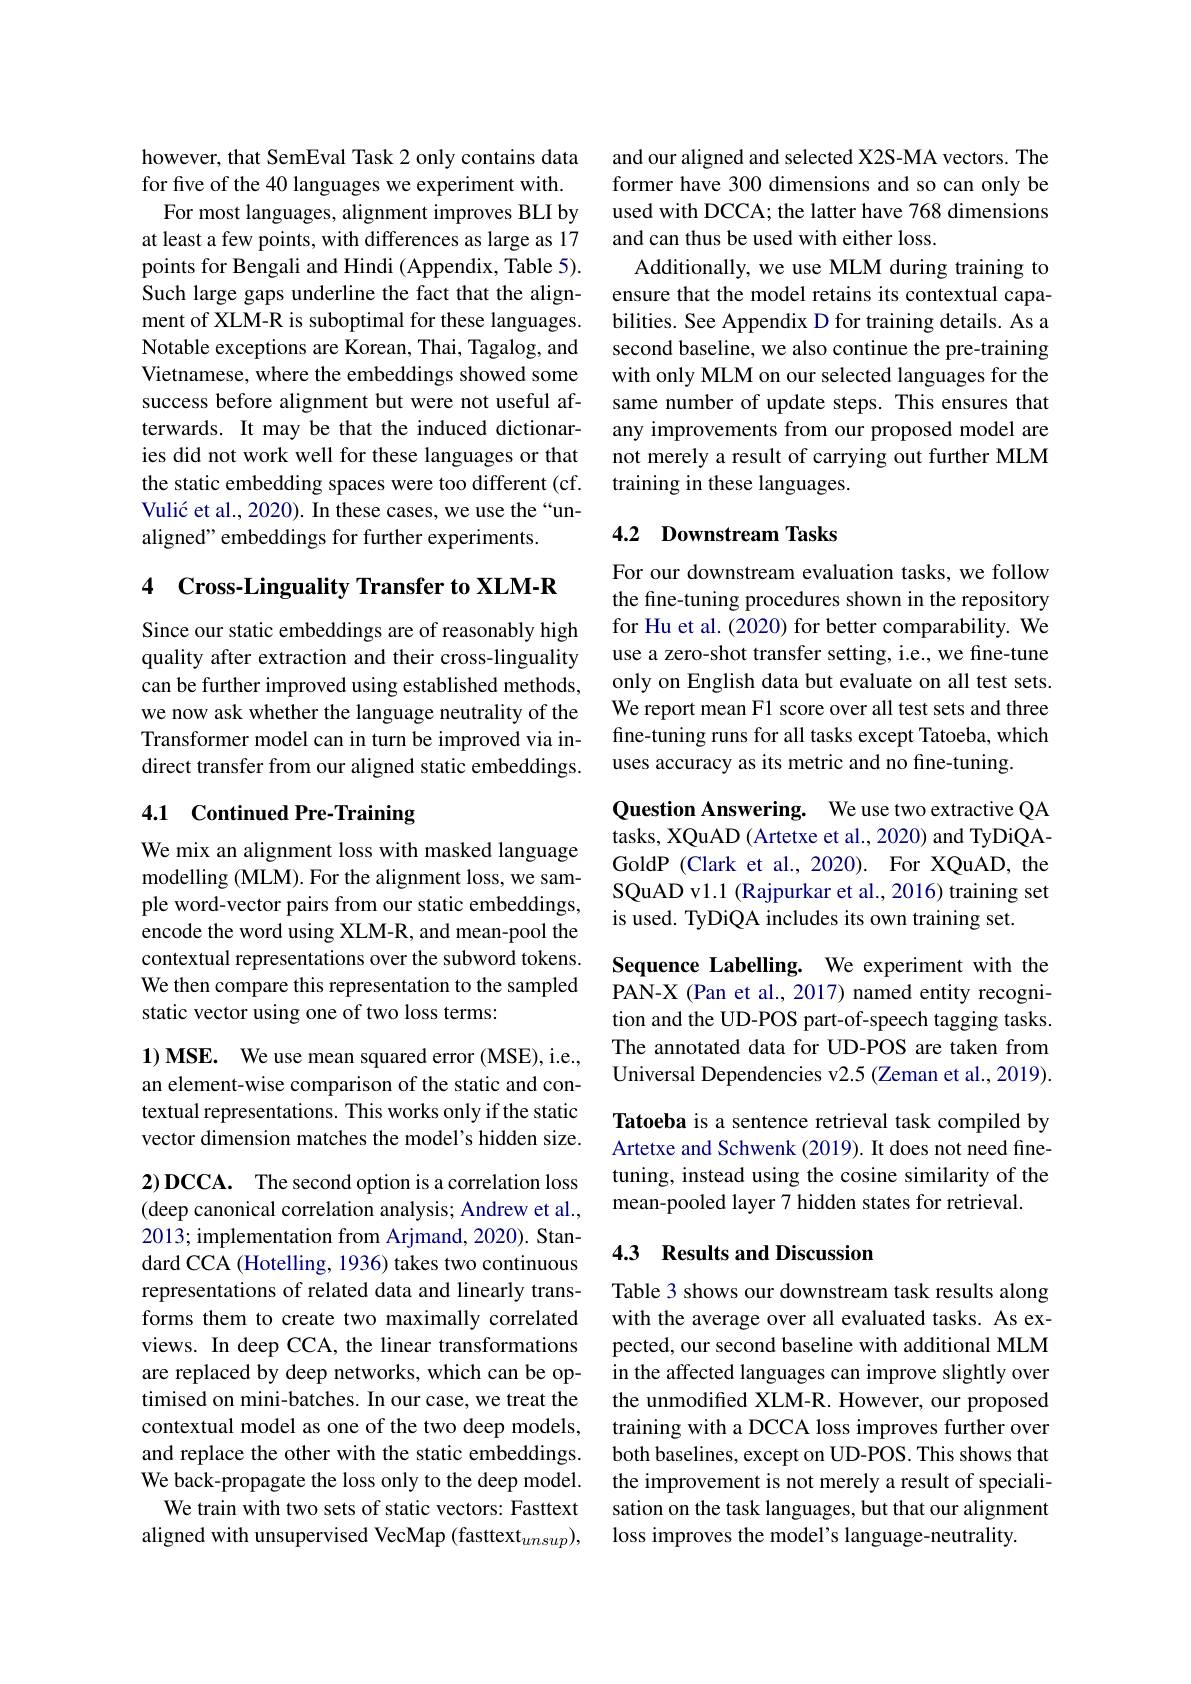
however, that SemEval Task 2 only contains data for five of the 40 languages we experiment with.
For most languages, alignment improves BLI by at least a few points, with differences as large as 17 points for Bengali and Hindi (Appendix, Table 5). Such large gaps underline the fact that the alignment of XLM-R is suboptimal for these languages. Notable exceptions are Korean, Thai, Tagalog, and Vietnamese, where the embeddings showed some success before alignment but were not useful afterwards. It may be that the induced dictionaries did not work well for these languages or that the static embedding spaces were too different (cf. Vulić et al., 2020). In these cases, we use the“unaligned" embeddings for further experiments.

## 4 Cross-Linguality Transfer to XLM-R

Since our static embeddings are of reasonably high quality after extraction and their cross-linguality can be further improved using established methods, we now ask whether the language neutrality of the Transformer model can in turn be improved via indirect transfer from our aligned static embeddings.

# 4.1 Continued Pre-Training

We mix an alignment loss with masked language modelling (MLM). For the alignment loss, we sample word-vector pairs from our static embeddings, encode the word using XLM-R, and mean-pool the contextual representations over the subword tokens. We then compare this representation to the sampled static vector using one of two loss terms:

1) MSE. We use mean squared error (MSE), i.e., an element-wise comparison of the static and contextual representations. This works only if the static vector dimension matches the model's hidden size.

$2)\mathbf{DCCA.}$ The second option is a correlation loss (deep canonical correlation analysis; Andrew et al., 2013; implementation from Arjmand, 2020). Standard CCA (Hotelling, 1936) takes two continuous representations of related data and linearly transforms them to create two maximally correlated views. In deep CCA, the linear transformations are replaced by deep networks, which can be optimised on mini-batches. In our case, we treat the contextual model as one of the two deep models, and replace the other with the static embeddings. We back-propagate the loss only to the deep model.
We train with two sets of static vectors: Fasttext aligned with unsupervised VecMap (fasttext$_unsup)$,

and our aligned and selected X2S-MA vectors. The former have 300 dimensions and so can only be used with DCCA; the latter have 768 dimensions and can thus be used with either loss.
Additionally, we use MLM during training to ensure that the model retains its contextual capabilities. See Appendix D for training details. As a second baseline, we also continue the pre-training with only MLM on our selected languages for the same number of update steps. This ensures that any improvements from our proposed model are not merely a result of carrying out further MLM training in these languages.

## 4.2 Downstream Tasks

For our downstream evaluation tasks, we follow the fine-tuning procedures shown in the repository for Hu et al. (2020) for better comparability. We use a zero-shot transfer setting, i.e., we fine-tune only on English data but evaluate on all test sets. We report mean F1 score over all test sets and three fine-tuning runs for all tasks except Tatoeba, which uses accuracy as its metric and no fine-tuning.

Question Answering. We use two extractive QA tasks, XQuAD (Artetxe et al., 2020) and TyDiQAGoldP (Clark et al., 2020). For XQuAD, the SQuAD v1.1 (Rajpurkar et al., 2016) training set is used. TyDiQA includes its own training set.

Sequence Labelling. We experiment with the PAN-X (Pan et al., 2017) named entity recognition and the UD-POS part-of-speech tagging tasks. The annotated data for UD-POS are taken from Universal Dependencies v2.5 (Zeman et al., 2019). Tatoeba is a sentence retrieval task compiled by Artetxe and Schwenk (2019). It does not need finetuning, instead using the cosine similarity of the mean-pooled layer 7 hidden states for retrieval.

## 4.3 Results and Discussion

Table 3 shows our downstream task results along with the average over all evaluated tasks. As expected, our second baseline with additional MLM in the affected languages can improve slightly over the unmodifed XLM-R. However, our proposed training with a DCCA loss improves further over both baselines, except on UD-POS. This shows that the improvement is not merely a result of specialisation on the task languages, but that our alignment loss improves the model's language-neutrality